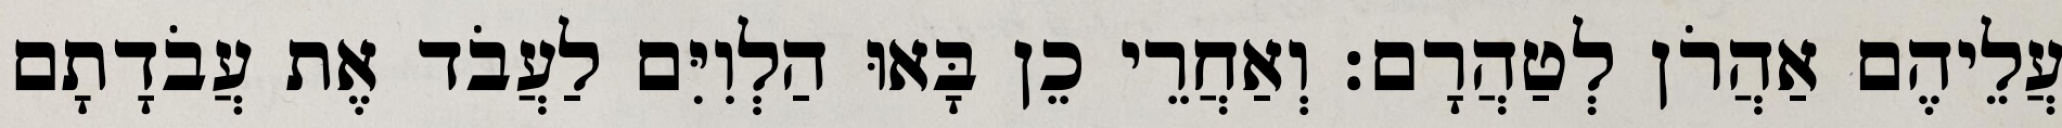
עֲלֵיהֶם אַהֲרֹן לְטַהֲרָם׃ וְאַחֲרֵי כֵן בָּאוּ הַלְוִיִּם לַעֲבֹד אֶת עֲבֹדָתָם